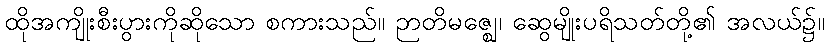
ထိုအကျိုးစီးပွားကိုဆိုသော စကားသည်။ ဉာတိမဇ္ဈေ၊ ဆွေမျိုးပရိသတ်တို့၏ အလယ်၌။